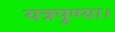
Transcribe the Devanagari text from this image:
यत्रपुण्या।